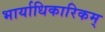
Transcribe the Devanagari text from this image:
भार्याधिकारिकम्